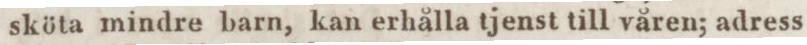
sköta mindre barn, kan erhålla tjenst till våren; adress